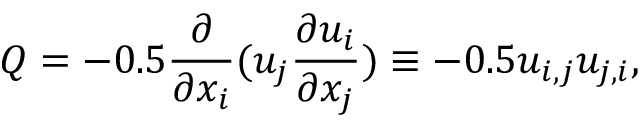
Q = - 0 . 5 \frac { \partial } { \partial x _ { i } } ( u _ { j } \frac { \partial u _ { i } } { \partial x _ { j } } ) \equiv - 0 . 5 u _ { i , j } u _ { j , i } ,